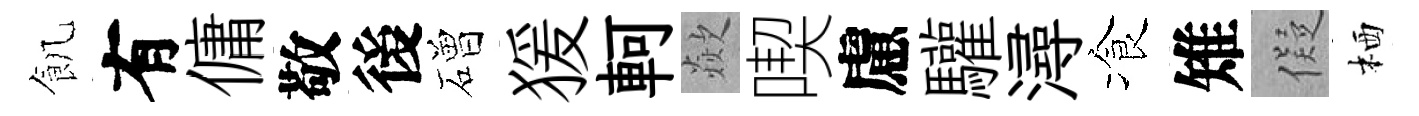
飢有傭敬後磳猨軻歘喫慮驩潯飡雉儗栖